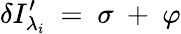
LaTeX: \delta{{I}_{{\lambda_{i}}}^{\prime}}\mathrm{~=~}\sigma\mathrm{~+~}\varphi